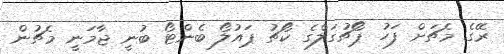
ރޭގެ މެޗަށް ފަހު ޕޯޗުގަލްގެ ކޯޗު ޕައުލޯ ބެންޓޯ ބުނީ ޖާމަނީ މެޗުން